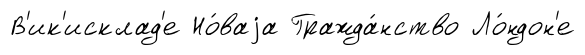
В'ик'исклад'е Но́ваjа Гражда́нство Ло́ндон'е